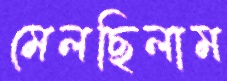
মেলছিলাম